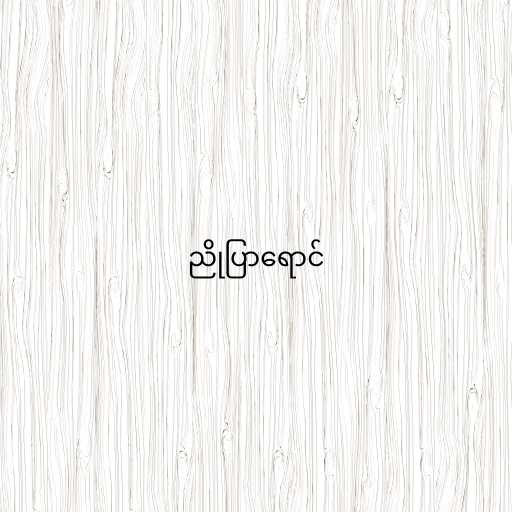
ညိုပြာရောင်